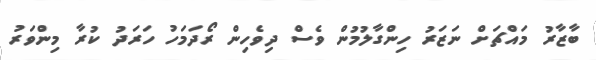
ބާޒާރު މައްޗަށް ނަޒަރު ހިންގާލުމުން ވެސް ދިވެހިން ރޯދަމަހު ހަރަދު ކުރާ މިންވަރު